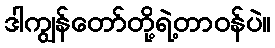
ဒါကျွန်တော်တို့ရဲ့တာဝန်ပဲ။